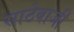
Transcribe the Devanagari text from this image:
साठेबाजी